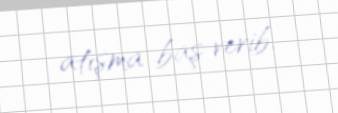
atışma baş verib.